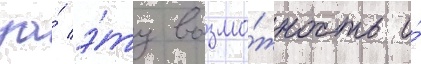
за́ э́ту возмо́жность и́